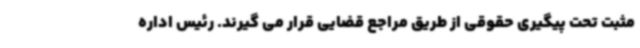
مثبت تحت پیگیری حقوقی از طریق مراجع قضایی قرار می گیرند. رئیس اداره